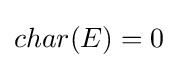
char(E)=0